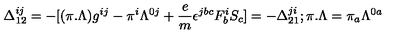
\Delta _ { 1 2 } ^ { i j } = - [ ( \pi . \Lambda ) g ^ { i j } - \pi ^ { i } \Lambda ^ { 0 j } + { \frac { e } { m } } \epsilon ^ { j b c } F _ { b } ^ { i } S _ { c } ] = - \Delta _ { 2 1 } ^ { j i } ; \pi . \Lambda = \pi _ { a } \Lambda ^ { 0 a }